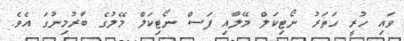
ވައި ހުރީ ހަތަރު ނޯޓިކަލް މޭލާއި ފަސް ނޯޓިކަލް މޭލުގެ ބާރުމިނުގަ އެވެ.